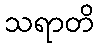
သရာတိ